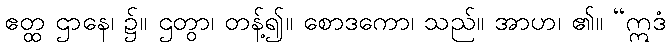
ဧတ္ထ ဌာနေ၊ ၌။ ဌတွာ၊ တန့်၍။ စောဒကော၊ သည်။ အာဟ၊ ၏။ “ဣဒံ